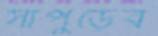
সাপুড়ের